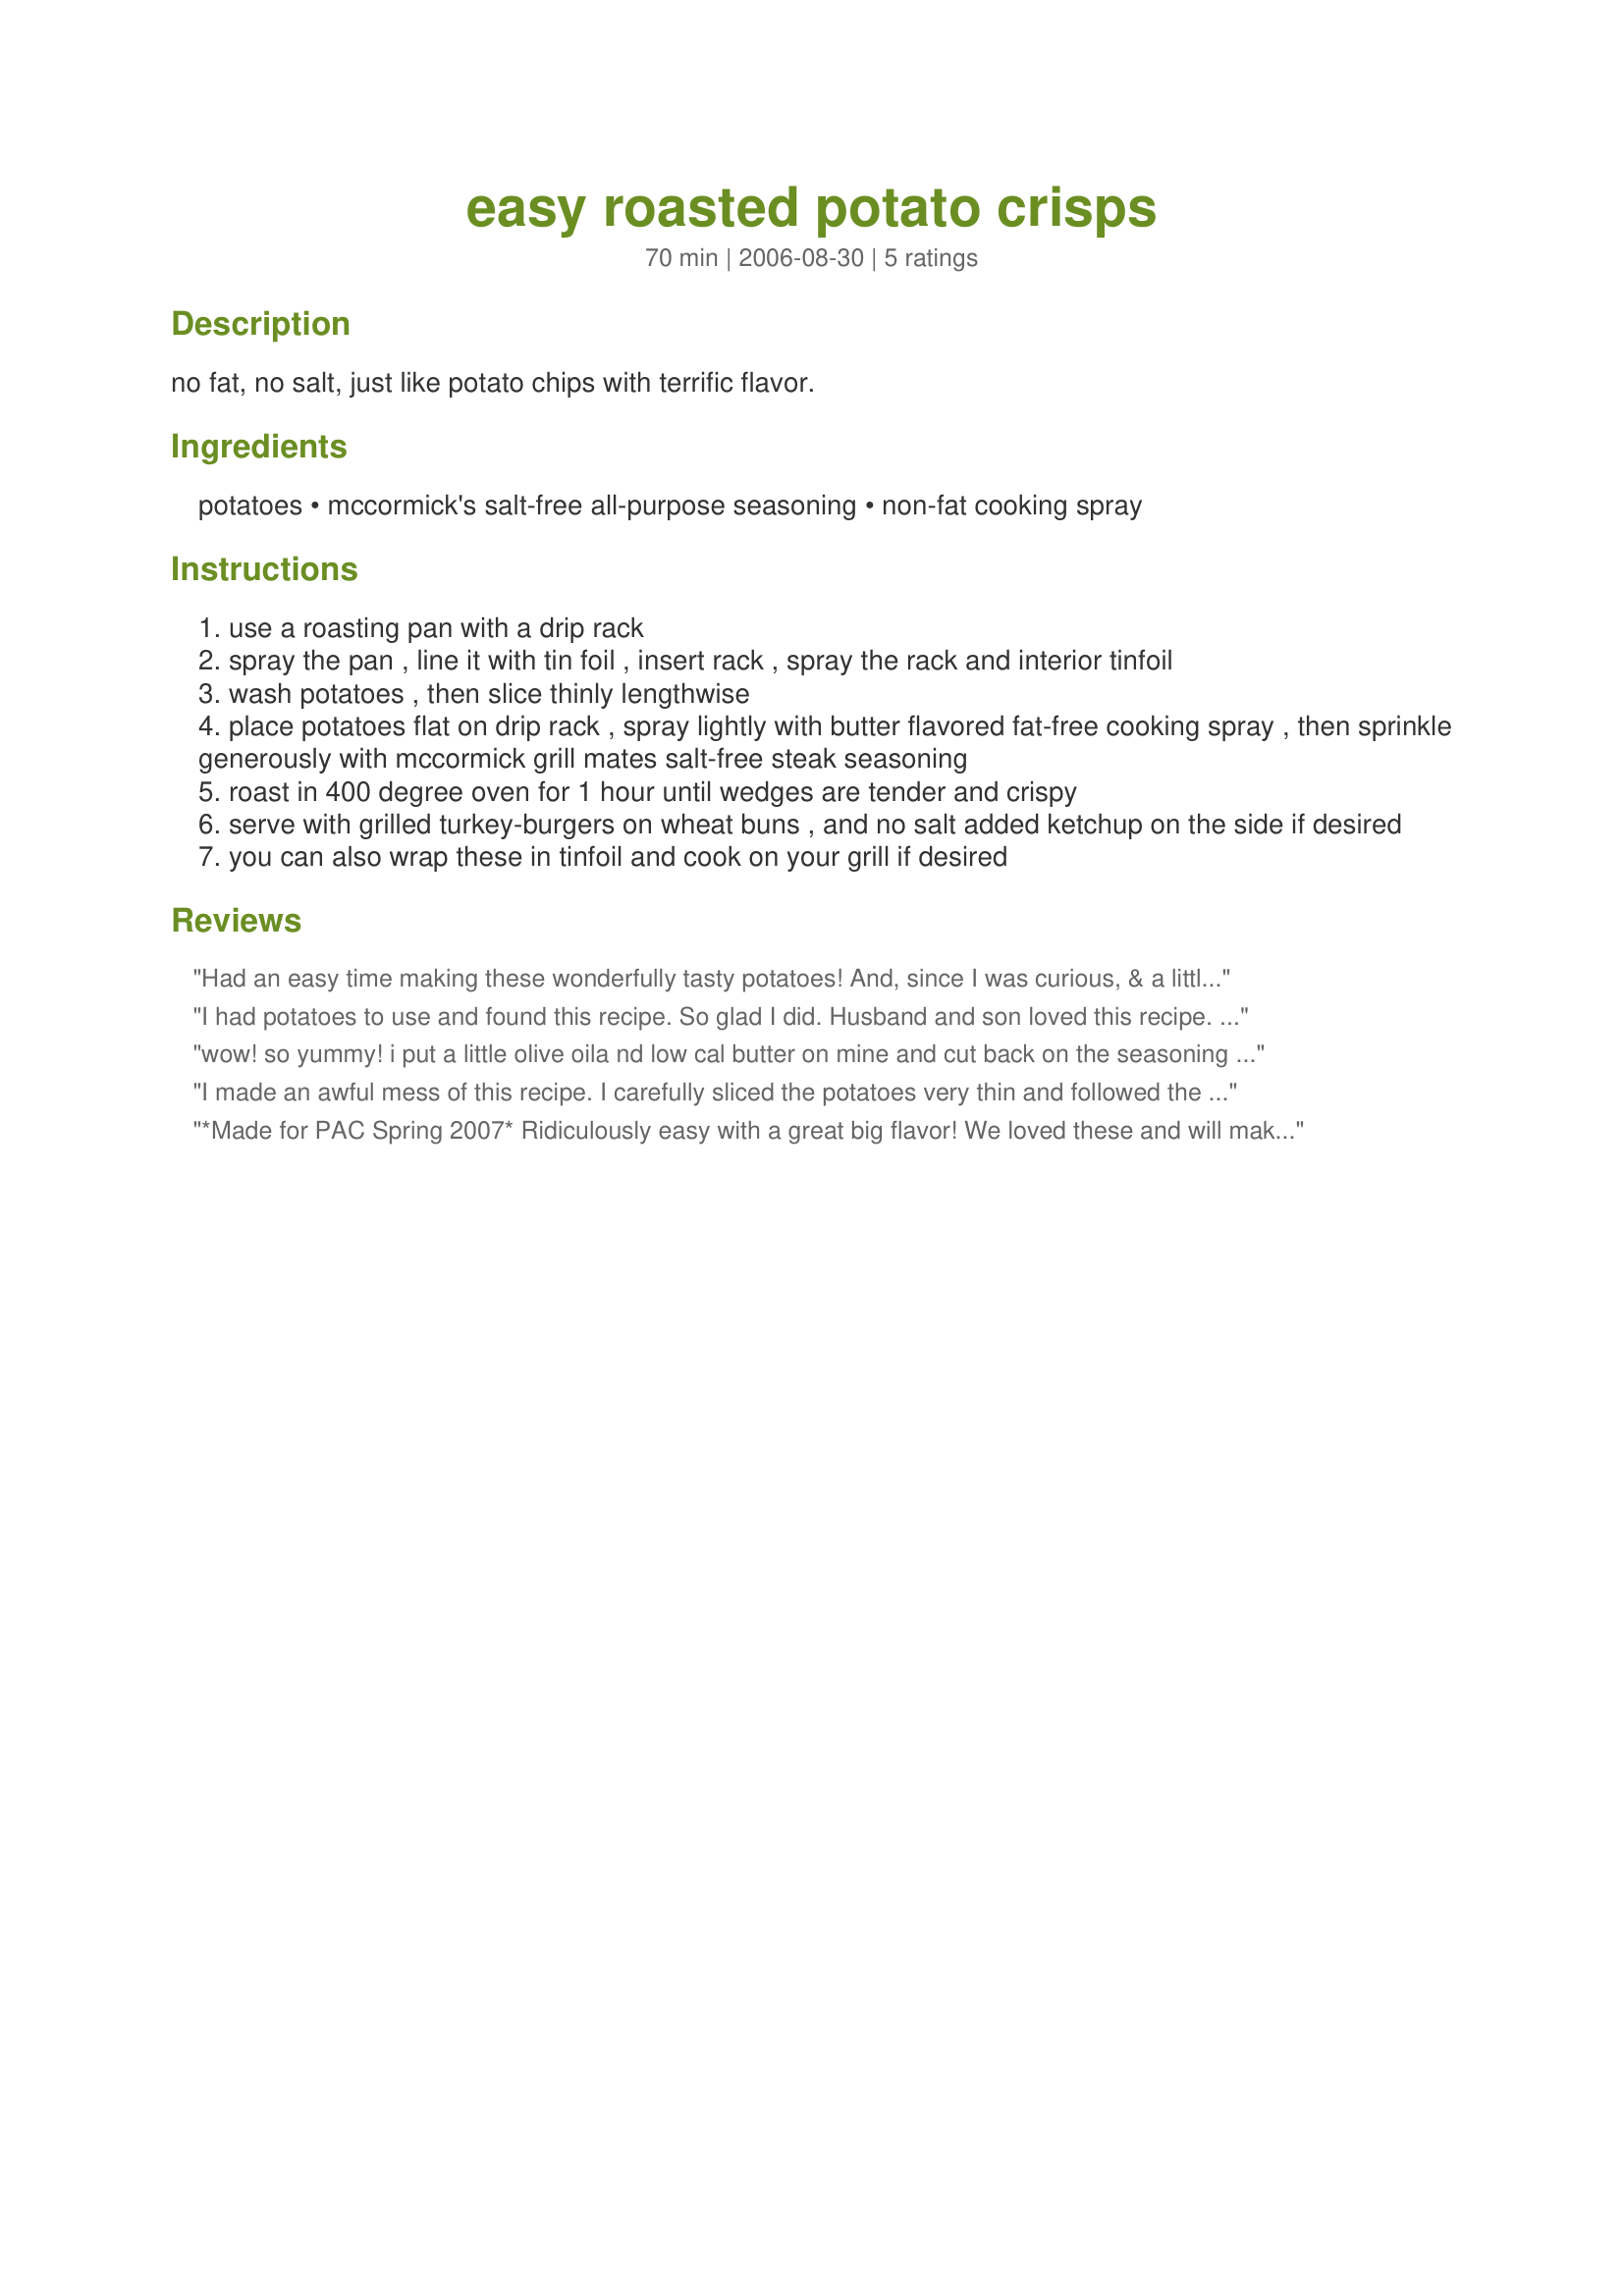
easy roasted potato crisps
Preparation time: 70 minutes

no fat, no salt, just like potato chips with terrific flavor.

Ingredients:
potatoes, mccormick's salt-free all-purpose seasoning, non-fat cooking spray

Steps:
use a roasting pan with a drip rack
spray the pan , line it with tin foil , insert rack , spray the rack and interior tinfoil
wash potatoes , then slice thinly lengthwise
place potatoes flat on drip rack , spray lightly with butter flavored fat-free cooking spray , then sprinkle generously with mccormick grill mates salt-free steak seasoning
roast in 400 degree oven for 1 hour until wedges are tender and crispy
serve with grilled turkey-burgers on wheat buns , and no salt added ketchup on the side if desired
you can also wrap these in tinfoil and cook on your grill if desired

Reviews:
Had an easy time making these wonderfully tasty potatoes! And, since I was curious, & a little concerned about the spicy McCormick's Salt-Free Steak Seasoning, I made half of them with that & the other half with Mrs. Dash Grilling Blend Steak Seasoning, kind of like doing my own taste test. Well, although I liked Mrs Dash's seasoning, my other half preferred McCormick's, so there you go ~ Everyone satisfied! Thanks for sharing a wonderful recipe! [Made & reviewed in Zaar Cookbook Tag]
I had potatoes to use and found this recipe. So glad I did. Husband and son loved this recipe. Thanks for posting.
wow! so yummy! i put a little olive oila nd low cal butter on mine and cut back on the seasoning slightly (i dont like my food too too spicy) and they were great! My whole family loved them - definetly a crowd pleaser :D!
I made an awful mess of this recipe. I carefully sliced the potatoes very thin and followed the directions for spraying and seasoning. After 30 minutes the potatoes were burned to a crisp and I was left with a difficult to clean roasting pan and rack. I wish I had known how thin to slice the potatoes. No stars for me!
*Made for PAC Spring 2007*
Ridiculously easy with a great big flavor! We loved these and will make them again- A definite "Fix it and Forget It" Recipe. I was able to prepare the rest of the meal while these crisped up in the oven. Thanks for sharing. Nick's Mom
